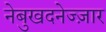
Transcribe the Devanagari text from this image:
नेबुखदनेज्ज़ार